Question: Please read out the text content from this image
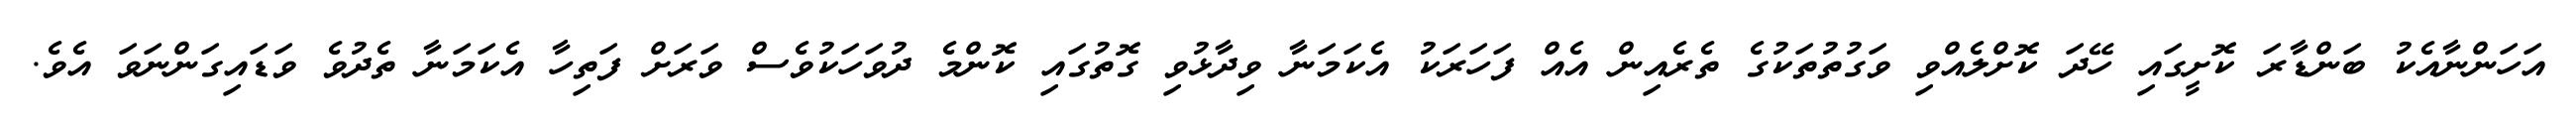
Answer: އަހަންނާއެކު ބަންޑާރަ ކޮށީގައި ހޭދަ ކޮށްލެއްވި ވަގުތުތަކުގެ ތެރެއިން އެއް ފަހަރަކު އެކަމަނާ ވިދާޅުވި ގޮތުގައި ކޮންމެ ދުވަހަކުވެސް ވަރަށް ފަތިހާ އެކަމަނާ ތެދުވެ ވަޑައިގަންނަވަ އެވެ.